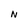
Character: N